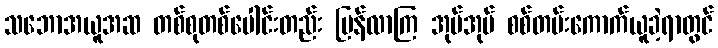
သဘောအယူအဆ တစ်စုတစ်ပေါင်းတည်း ပြန်လာကြ အုပ်အုပ် စစ်တမ်းကောက်ယူခဲ့ရာတွင်